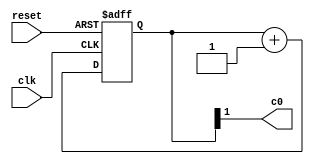
module Audio_Clock 
(
	input clk,
  input reset,
	output c0
);
	
reg  	[10:0] COUNTER_500;
// wire  CLOCK_500 = COUNTER_500[9];
assign c0 = COUNTER_500[1];

always @(posedge clk, posedge reset)
  if(reset)
    COUNTER_500 <= 0;
  else
    COUNTER_500 <= COUNTER_500 + 1;
      

endmodule